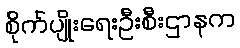
စိုက်ပျိုးရေးဦးစီးဌာနက